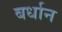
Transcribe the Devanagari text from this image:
बर्धान